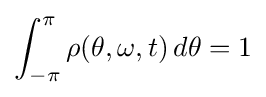
\int _{-\pi }^{\pi }\rho (\theta ,\omega ,t)\,d\theta =1